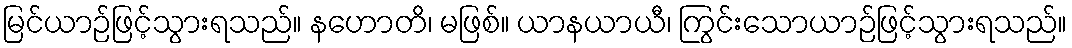
မြင်ယာဉ်ဖြင့်သွားရသည်။ နဟောတိ၊ မဖြစ်။ ယာနယာယီ၊ ကြွင်းသောယာဉ်ဖြင့်သွားရသည်။